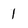
Character: 1